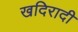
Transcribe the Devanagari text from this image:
खदिरादी